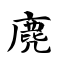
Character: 麂